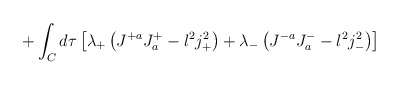
\begin{align*}+ \int_C d\tau \left[ \lambda_+ \left( J^{+a}J^{+}_a - l^2j_+^2 \right)+ \lambda_- \left( J^{-a} J_a^{-} - l^2j_-^{2}\right)\right]\end{align*}